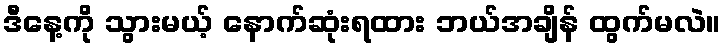
ဒီနေ့ကို သွားမယ့် နောက်ဆုံးရထား ဘယ်အချိန် ထွက်မလဲ။